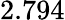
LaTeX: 2.794